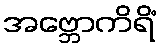
အဗ္ဘောကိရိံ